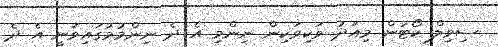
ސިވިލް ކޯޓުން މިއަދު ވަކިވަކިން ނިންމި އެ ދެ ނިންމުމުގައިވަނީ އެ ދެ